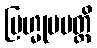
ဗြဟ္မုပပတ္တိ